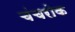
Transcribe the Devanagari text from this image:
चंचरोक